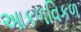
આકળવિકળ